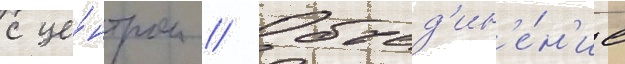
с це́нтром // Объед'ин'е́н'ие